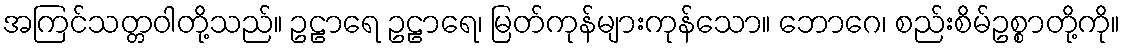
အကြင်သတ္တဝါတို့သည်။ ဥဠာရေ ဥဠာရေ၊ မြတ်ကုန်များကုန်သော။ ဘောဂေ၊ စည်းစိမ်ဥစ္စာတို့ကို။